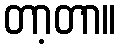
တာ့တာ။